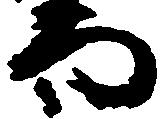
而